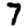
Digit: 7